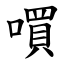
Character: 嘪